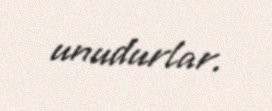
unudurlar.